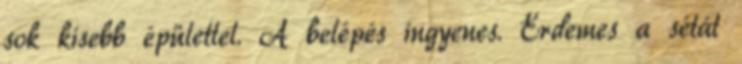
sok kisebb épülettel. A belépés ingyenes. Érdemes a sétát